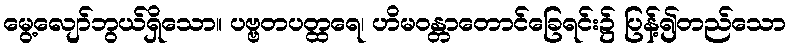
မွေ့လျော်ဘွယ်ရှိသော။ ပဗ္ဗတပတ္ထရေ၊ ဟိမဝန္တာတောင်ခြေရင်း၌ ပြန့်၍တည်သော